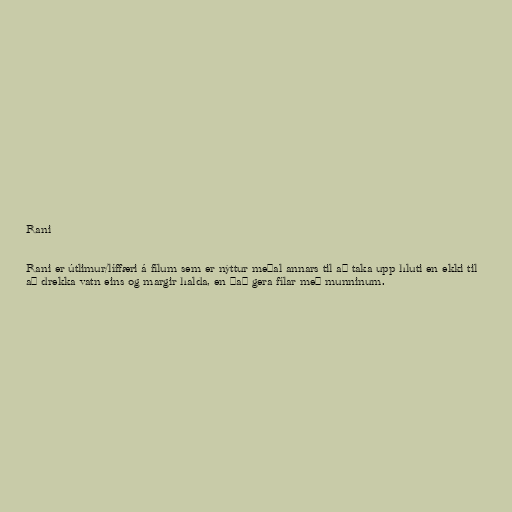
Rani

Rani er útlimur/líffæri á fílum sem er nýttur meðal annars til að taka upp hluti en ekki til
að drekka vatn eins og margir halda, en það gera fílar með munninum.